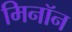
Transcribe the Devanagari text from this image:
मिनॉन